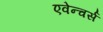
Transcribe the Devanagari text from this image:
एवेन्चर्स